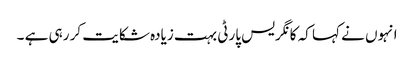
انہوں نے کہا کہ کانگریس پارٹی بہت زیادہ شکایت کر رہی ہے ۔